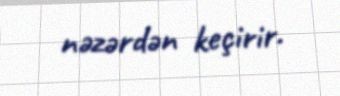
nəzərdən keçirir.